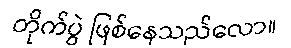
တိုက်ပွဲ ဖြစ်နေသည်လော။